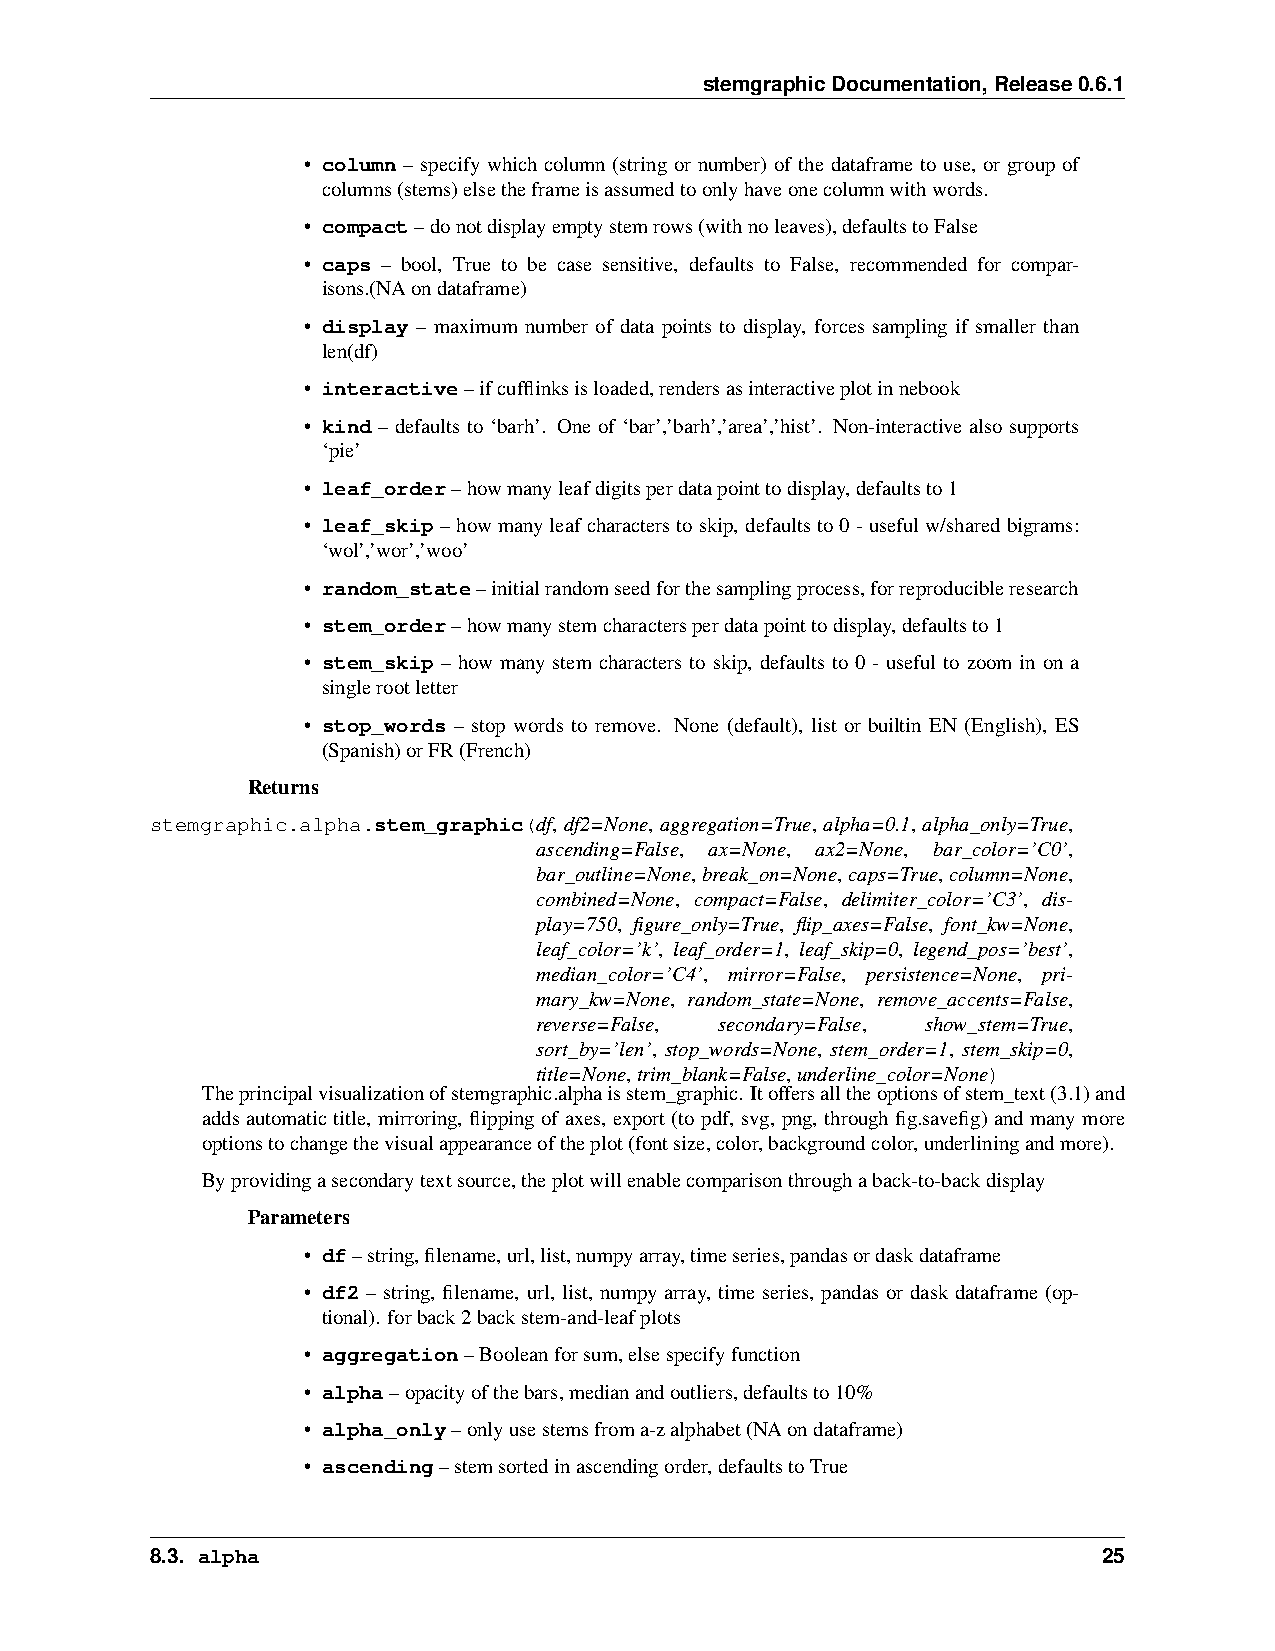
stemgraphicDocumentation,Release0.6.1
 • column – specify which column (string or number) of the dataframe to use, or group of
 columns(stems)elsetheframeisassumedtoonlyhaveonecolumnwithwords.
 • compact–donotdisplayemptystemrows(withnoleaves),defaultstoFalse
 • caps – bool, True to be case sensitive, defaults to False, recommended for compar-
 isons.(NAondataframe)
 • display – maximum number of data points to display, forces sampling if smaller than
 len(df)
 • interactive–ifcufflinksisloaded,rendersasinteractiveplotinnebook
 • kind – defaults to ‘barh’. One of ‘bar’,’barh’,’area’,’hist’. Non-interactive also supports
 ‘pie’
 • leaf_order–howmanyleafdigitsperdatapointtodisplay,defaultsto1
 • leaf_skip–howmanyleafcharacterstoskip, defaultsto0-usefulw/sharedbigrams:
 ‘wol’,’wor’,’woo’
 • random_state–initialrandomseedforthesamplingprocess,forreproducibleresearch
 • stem_order–howmanystemcharactersperdatapointtodisplay,defaultsto1
 • stem_skip – how many stem characters to skip, defaults to 0 - useful to zoom in on a
 singlerootletter
 • stop_words – stop words to remove. None (default), list or builtin EN (English), ES
 (Spanish)orFR(French)
 Returns
 stemgraphic.alpha.stem_graphic(df, df2=None, aggregation=True, alpha=0.1, alpha_only=True,
 ascending=False, ax=None, ax2=None, bar_color=’C0’,
 bar_outline=None,break_on=None,caps=True,column=None,
 combined=None, compact=False, delimiter_color=’C3’, dis-
 play=750, figure_only=True, flip_axes=False, font_kw=None,
 leaf_color=’k’, leaf_order=1, leaf_skip=0, legend_pos=’best’,
 median_color=’C4’, mirror=False, persistence=None, pri-
 mary_kw=None, random_state=None, remove_accents=False,
 reverse=False, secondary=False, show_stem=True,
 sort_by=’len’, stop_words=None, stem_order=1, stem_skip=0,
 title=None,trim_blank=False,underline_color=None)
 Theprincipalvisualizationofstemgraphic.alphaisstem_graphic. Itoffersalltheoptionsofstem_text(3.1)and
 adds automatic title, mirroring, flipping of axes, export (to pdf, svg, png, through fig.savefig) and many more
 optionstochangethevisualappearanceoftheplot(fontsize,color,backgroundcolor,underliningandmore).
 Byprovidingasecondarytextsource,theplotwillenablecomparisonthroughaback-to-backdisplay
 Parameters
 • df–string,filename,url,list,numpyarray,timeseries,pandasordaskdataframe
 • df2 – string, filename, url, list, numpy array, time series, pandas or dask dataframe (op-
 tional). forback2backstem-and-leafplots
 • aggregation–Booleanforsum,elsespecifyfunction
 • alpha–opacityofthebars,medianandoutliers,defaultsto10%
 • alpha_only–onlyusestemsfroma-zalphabet(NAondataframe)
 • ascending–stemsortedinascendingorder,defaultstoTrue
 8.3. alpha                                                     25